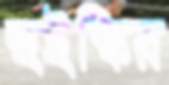
হুইস্কির